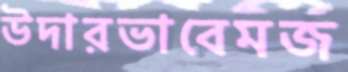
উদারভাবেমজ